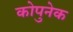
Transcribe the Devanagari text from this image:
कोपुनेक